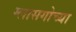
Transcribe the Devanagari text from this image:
ग्लासगोच्या